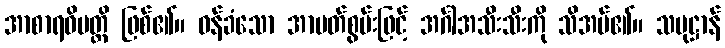
အာစာရဝိပတ္တိ ဖြစ်၏။ ဝန်ခံသော အာပတ်စွမ်းဖြင့် အင်္ဂါအသီးသီးကို သိအပ်၏။ သမုဋ္ဌာန်